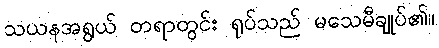
သယနအရွယ် တရာတွင်း ရုပ်သည် မသေမီချုပ်၏။